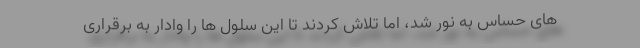
های حساس به نور شد، اما تلاش کردند تا این سلول ها را وادار به برقراری